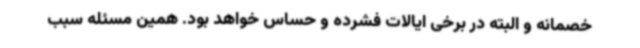
خصمانه و البته در برخی ایالات فشرده و حساس خواهد بود. همین مسئله سبب